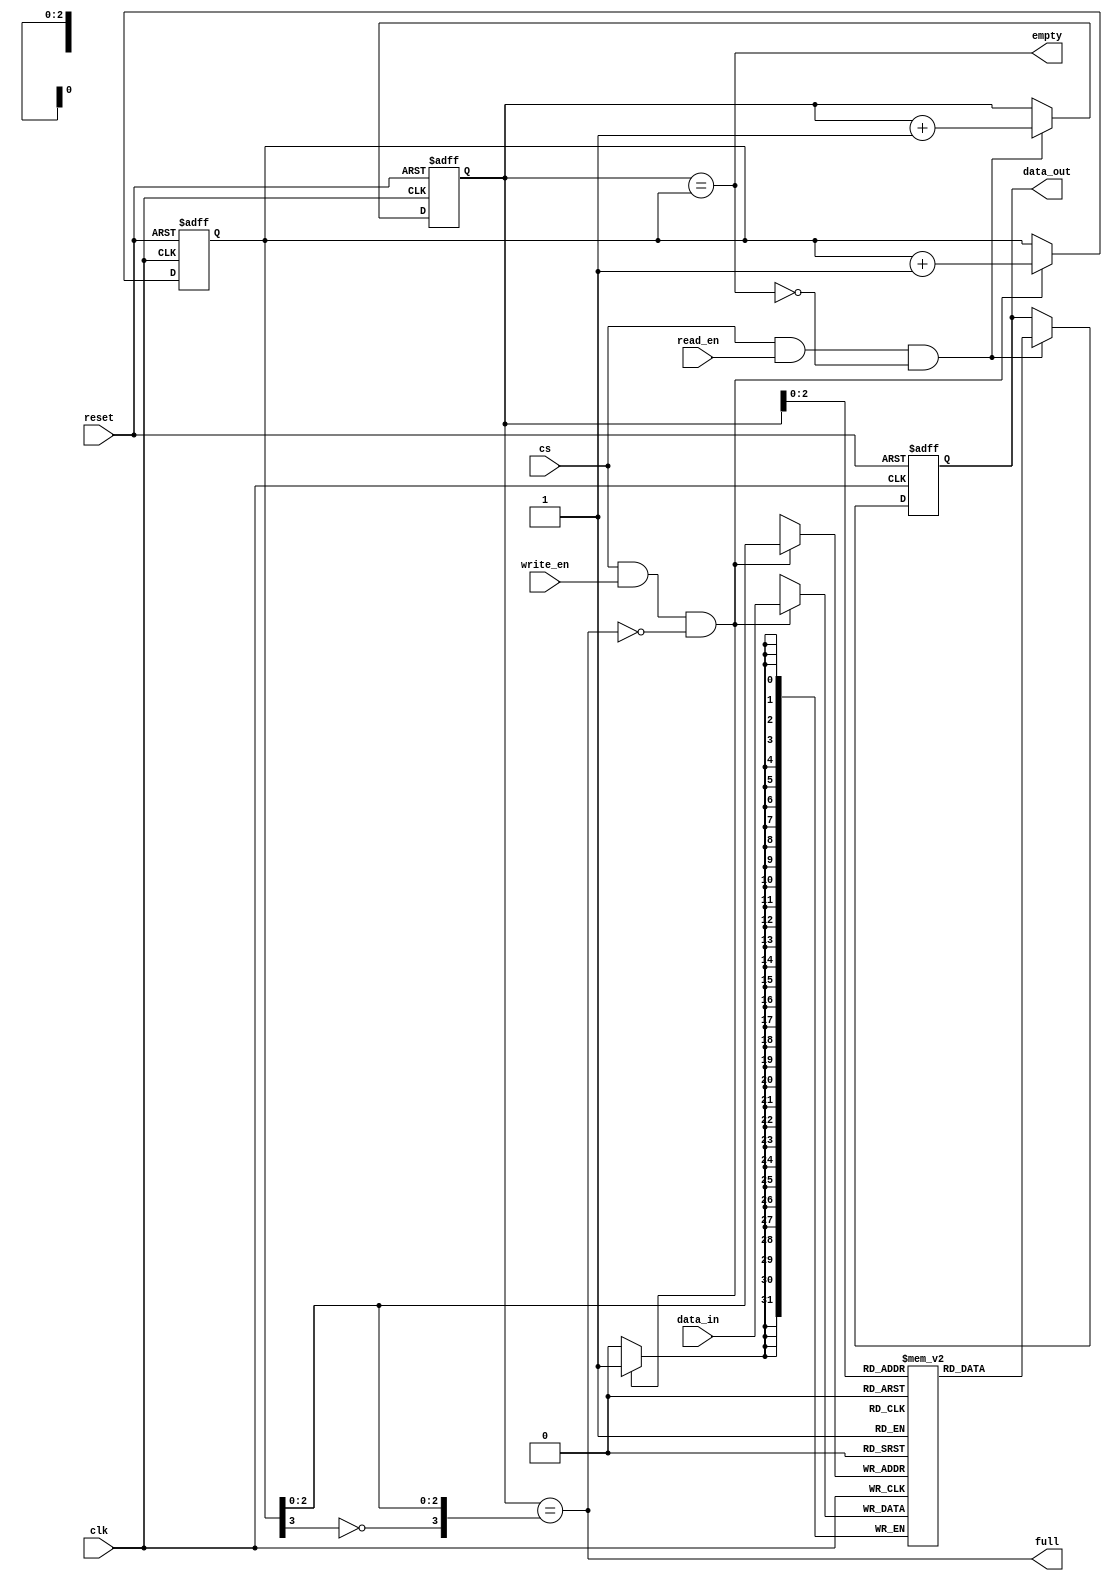
module fifo_sync #(parameter FIFO_DEPTH=8, parameter DATA_WIDTH=32) 
                  (clk,reset,cs,write_en,read_en,data_in,data_out,empty,full);

input clk, reset, cs, write_en, read_en;
input [DATA_WIDTH-1:0] data_in;
output reg [DATA_WIDTH-1:0] data_out;
output full,empty;

localparam FIFO_DEPTH_LOG = $clog2(FIFO_DEPTH) ;

//Declare a bi-dimensional array
reg [DATA_WIDTH-1:0] fifo [0:FIFO_DEPTH-1];

//Write/Read have 1 extra bit at MSB
reg [FIFO_DEPTH_LOG:0] write_pointer;
reg [FIFO_DEPTH_LOG:0] read_pointer;

//Write Pointer
always @(posedge clk or negedge reset) begin

    if(!reset)
        write_pointer <= 0;
    else if(cs && write_en && !full)
        write_pointer <= write_pointer + 1'b1;
    
end

//Read Pointer
always @(posedge clk or negedge reset) begin

    if(!reset)
        read_pointer <= 0;
    else if(cs && read_en && !empty)
        read_pointer <= read_pointer + 1'b1;
    
end

//Declare the empty/full logic
assign empty = (read_pointer == write_pointer);
assign full = (read_pointer == {~write_pointer[FIFO_DEPTH_LOG] , write_pointer[FIFO_DEPTH_LOG-1:0]});

//Write to FIFO memory
always @(posedge clk) begin
    if(cs && write_en && !full)
        fifo[write_pointer[FIFO_DEPTH_LOG-1:0]] <= data_in;
end

//Read to FIFO memory
always @(posedge clk or negedge reset) begin
    if(!reset)
        data_out <= 0;
    else if(cs && read_en && !empty)
        data_out <= fifo[read_pointer[FIFO_DEPTH_LOG-1:0]];
end

endmodule